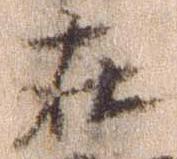
在